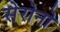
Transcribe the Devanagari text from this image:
सेरोनो